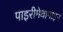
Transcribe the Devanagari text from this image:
पाइरीमेथामाइन